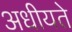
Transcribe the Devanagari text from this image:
अधीयते